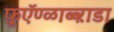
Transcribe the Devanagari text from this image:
फ़ूऍण्ळाब्ब्ऱाडा